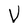
Character: V